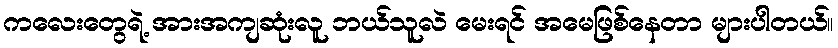
ကလေးတွေရဲ့ အားအကျဆုံးလူ ဘယ်သူလဲ မေးရင် အမေဖြစ်နေတာ များပါတယ်။